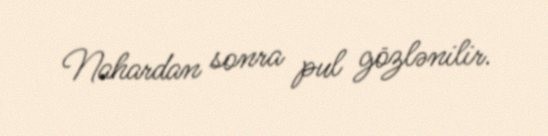
Nahardan sonra pul gözlənilir.